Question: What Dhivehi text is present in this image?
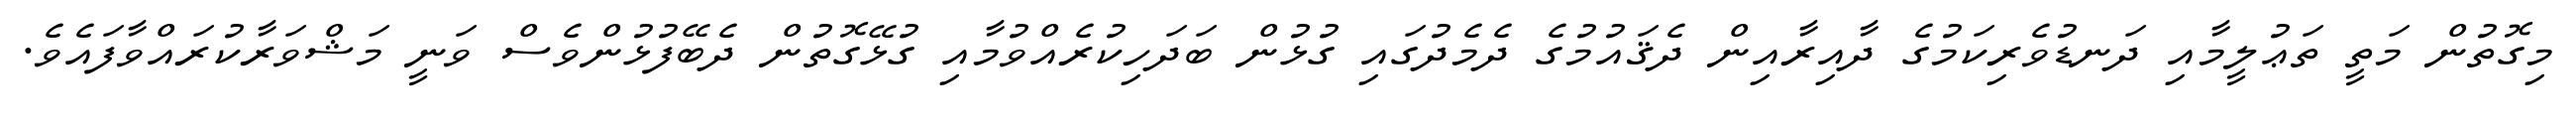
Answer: މިގޮތުން މަތީ ތަޢުލީމާއި ދަނޑުވެރިކަމުގެ ދާއިރާއިން ދެޤައުމުގެ ދެމެދުގައި ގުޅުން ބަދަހިކުރެއްވުމާއި ގުޅޭގޮތުން ދެބޭފުޅުންވެސް ވަނީ މަޝްވަރާކުރައްވާފައެވެ.